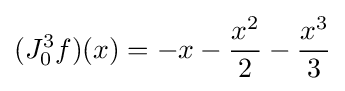
(J_{0}^{3}f)(x)=-x-{\frac {x^{2}}{2}}-{\frac {x^{3}}{3}}